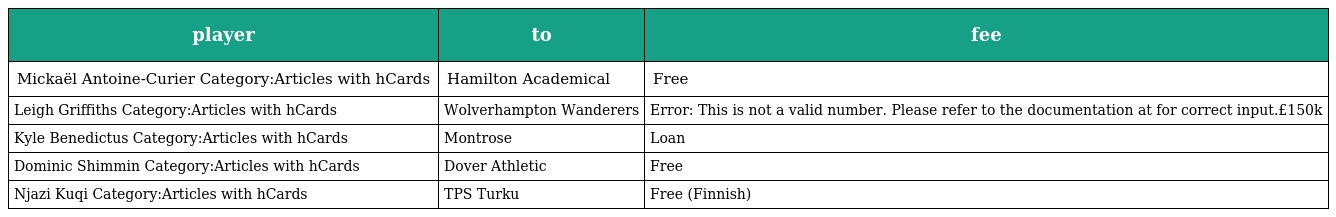
| player | to | fee |
 | --- | --- | --- |
 | Mickaël Antoine-Curier Category:Articles with hCards | Hamilton Academical | Free |
 | Leigh Griffiths Category:Articles with hCards | Wolverhampton Wanderers | Error: This is not a valid number. Please refer to the documentation at for correct input.£150k |
 | Kyle Benedictus Category:Articles with hCards | Montrose | Loan |
 | Dominic Shimmin Category:Articles with hCards | Dover Athletic | Free |
 | Njazi Kuqi Category:Articles with hCards | TPS Turku | Free (Finnish) |